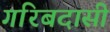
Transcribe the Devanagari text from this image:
गरिबदासी